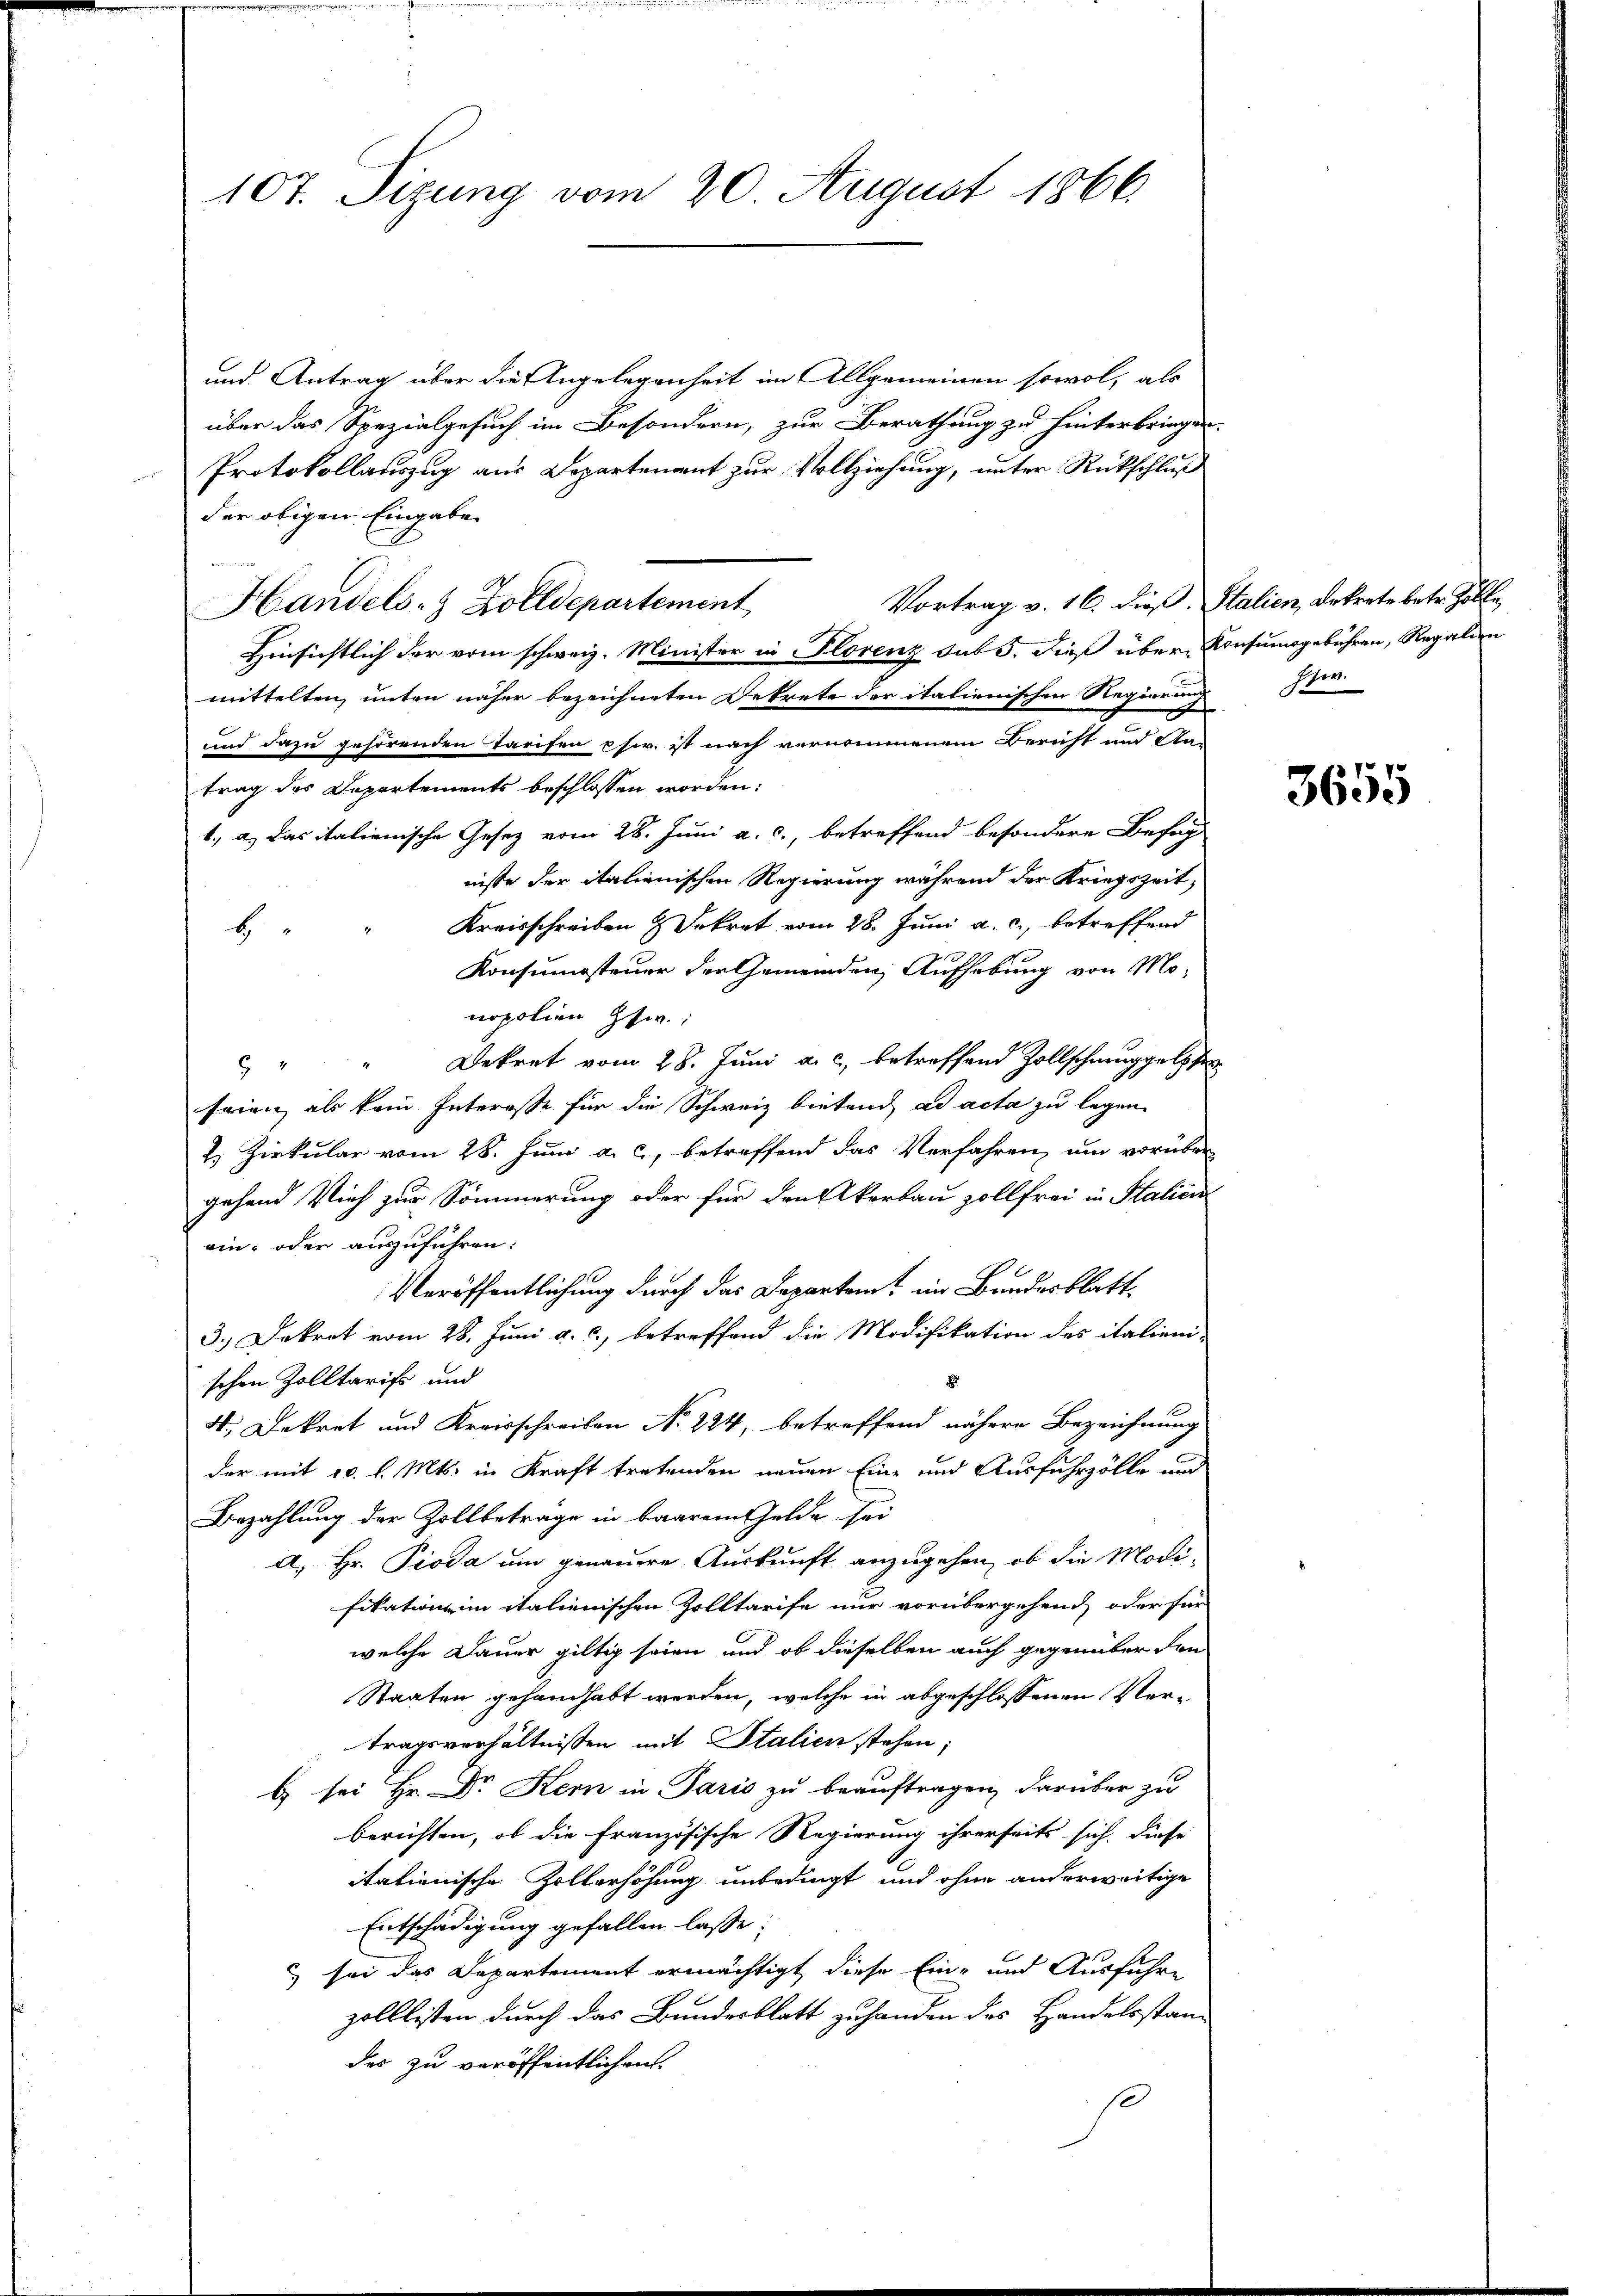
107. Sizung vom 20. August 1866.

und Antrag über die Angelegenheit im Allgemeinen sowol, als
über das Spezialgesuch im Besondern, zur Berathung zu hinterbringen.
Protokollauszug aus Departenant zur Vollziehung, unter Rückschluß
der obigen Eingabe
Vortrag v. 16. dieß. Stalien, Dekrete betr. Zolle,
Handels- & Zolldepartement,
Hinsichtlich der vom schweiz. Minister in Florenz sub 5. dieß über Konsumsgebühren, Regalien
mittelten, unten näher bezeichneten Dekrete der italienischen Regierung de
und dazu gehörenden Tarifen chir. ist nach vernommenem Bericht und An-
trag des Departements beschlossen worden:
1., a.) Das italienische Gesetz vom 28. Juni a. c., betreffend besondere Befug
nisse der italienischen Regierung während der Kriegszeit,
Kreisschreiben & Dekret vom 28. Juni a. c., betreffend
H
Konsumsteuer der Gemeinden Aufhebung von Monopolien Gsw.;
Dekret vom 28. Juni a. c. betreffend Zollschmuggelph
9
frien als kein Interesse für die Schweiz bietend ad acta zu legen.
2. Zirkular vom 28. Juni a. c., betreffend das Verfahren, und vorüber
gehend Vieh zur Sömmerung oder für den Akerbau zollfrei in Stalien
ain- oder auszuführen:
Veröffentlichung durch das Departamt im Bundesblatt¬
3.) Dekret vom 28. Juni a. c., betreffend die Modifikation des italieni-
schen Zolltarifs und
4. Dekret und Kreisschreiben No. 224, betreffend nähere Bezeichnung
der mit 10. l. Mts. in Kraft tretenden neuen Eine und Ausfuhrzölle und
Bezahlung der Zollbeträge in baarem Gelde sei
a. Hr. Pioda um genauere Auskunft anzugehen, ob die Modi-
fikation im italienischen Zolltarife nur vorübergehend, oder für
welche Dauer giltig seien und ob dieselben auch gegenüber den
Staaten gehandhabt werden, welche in abgeschlossenen Vertragsverhältnissen mit Italien stehen;
b sei Hr. Dr Kern in Paris zu beauftragen darüber zu
berichten, ob die Französische Regierung ihrerseits sich diese
itationische Zollerhöhung unbedingt und ohne anderweitige
Entschädigung gefallen lasse;
& sei das Departement ermächtigt diese Ein- und Ausführe
zolllisten durch das Bundesblatt zu handen des Handelsstandes zu veröffentlichen
s

3655